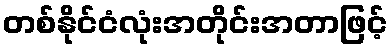
တစ်နိုင်ငံလုံးအတိုင်းအတာဖြင့်